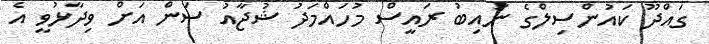
ގައްދޫ ކައުންސިލްގެ ނައިބު ރައީސް މުހައްމަދު ޝުޖާއު ސަން އަށް ވިދާޅުވީ އެ